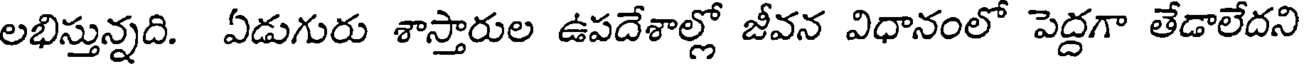
లభిస్తున్నది. ఏడుగురు శాస్తారుల ఉపదేశాల్లో జీవన విధానంలో పెద్దగా తేడాలేదని